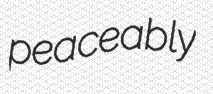
peaceably